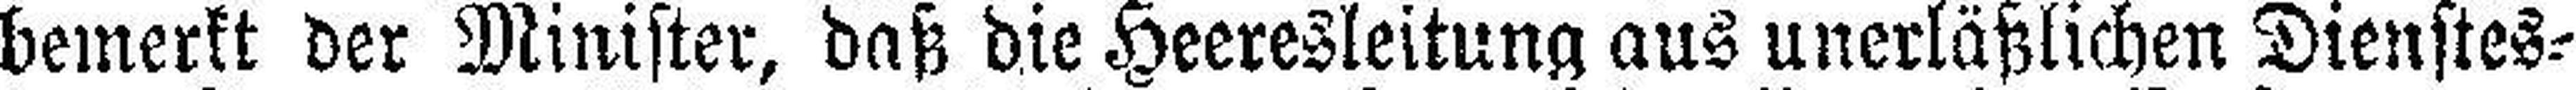
bemerkt der Minister, daß die Heeresleitung aus unerläßlichen Dienstes=